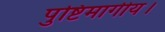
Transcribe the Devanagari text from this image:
पुष्टिमार्गीय।